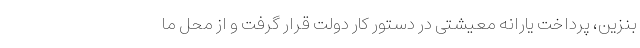
بنزین، پرداخت یارانه معیشتی در دستور کار دولت قرار گرفت و از محل ما